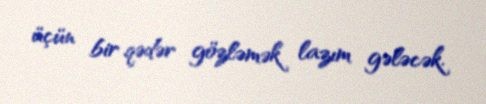
üçün bir qədər gözləmək lazım gələcək.